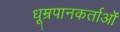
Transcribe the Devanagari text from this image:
धूम्रपानकर्ताओं